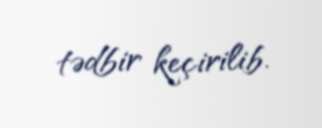
tədbir keçirilib.